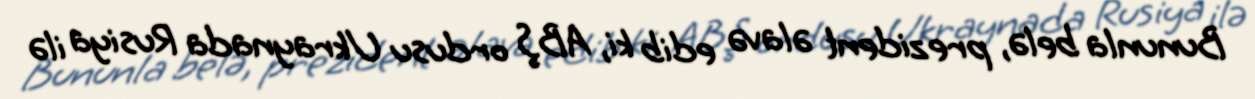
Bununla belə, prezident əlavə edib ki, ABŞ ordusu Ukraynada Rusiya ilə